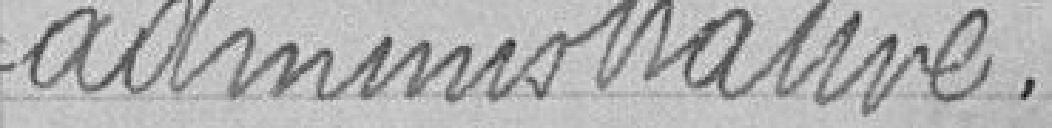
administrative.